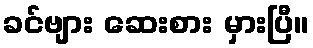
ခင်ဗျား ဆေးစား မှားပြီ။